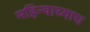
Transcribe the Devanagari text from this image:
महिन्याच्याच